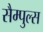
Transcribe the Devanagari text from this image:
सैम्पुल्स